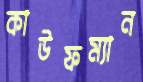
কাউফম্যান